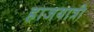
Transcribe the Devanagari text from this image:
हाजयात्री